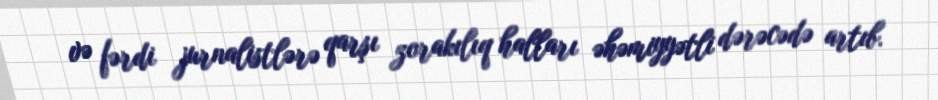
və fərdi jurnalistlərə qarşı zorakılıq halları əhəmiyyətli dərəcədə artıb.